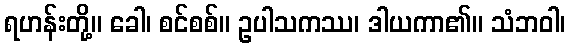
ရဟန်းတို့။ ခေါ၊ စင်စစ်။ ဥပါသကဿ၊ ဒါယကာ၏။ သံဘဝါ၊